65_HS1-834228961_62-HQ-83894_Section_8
Agency: FBI
Page 2
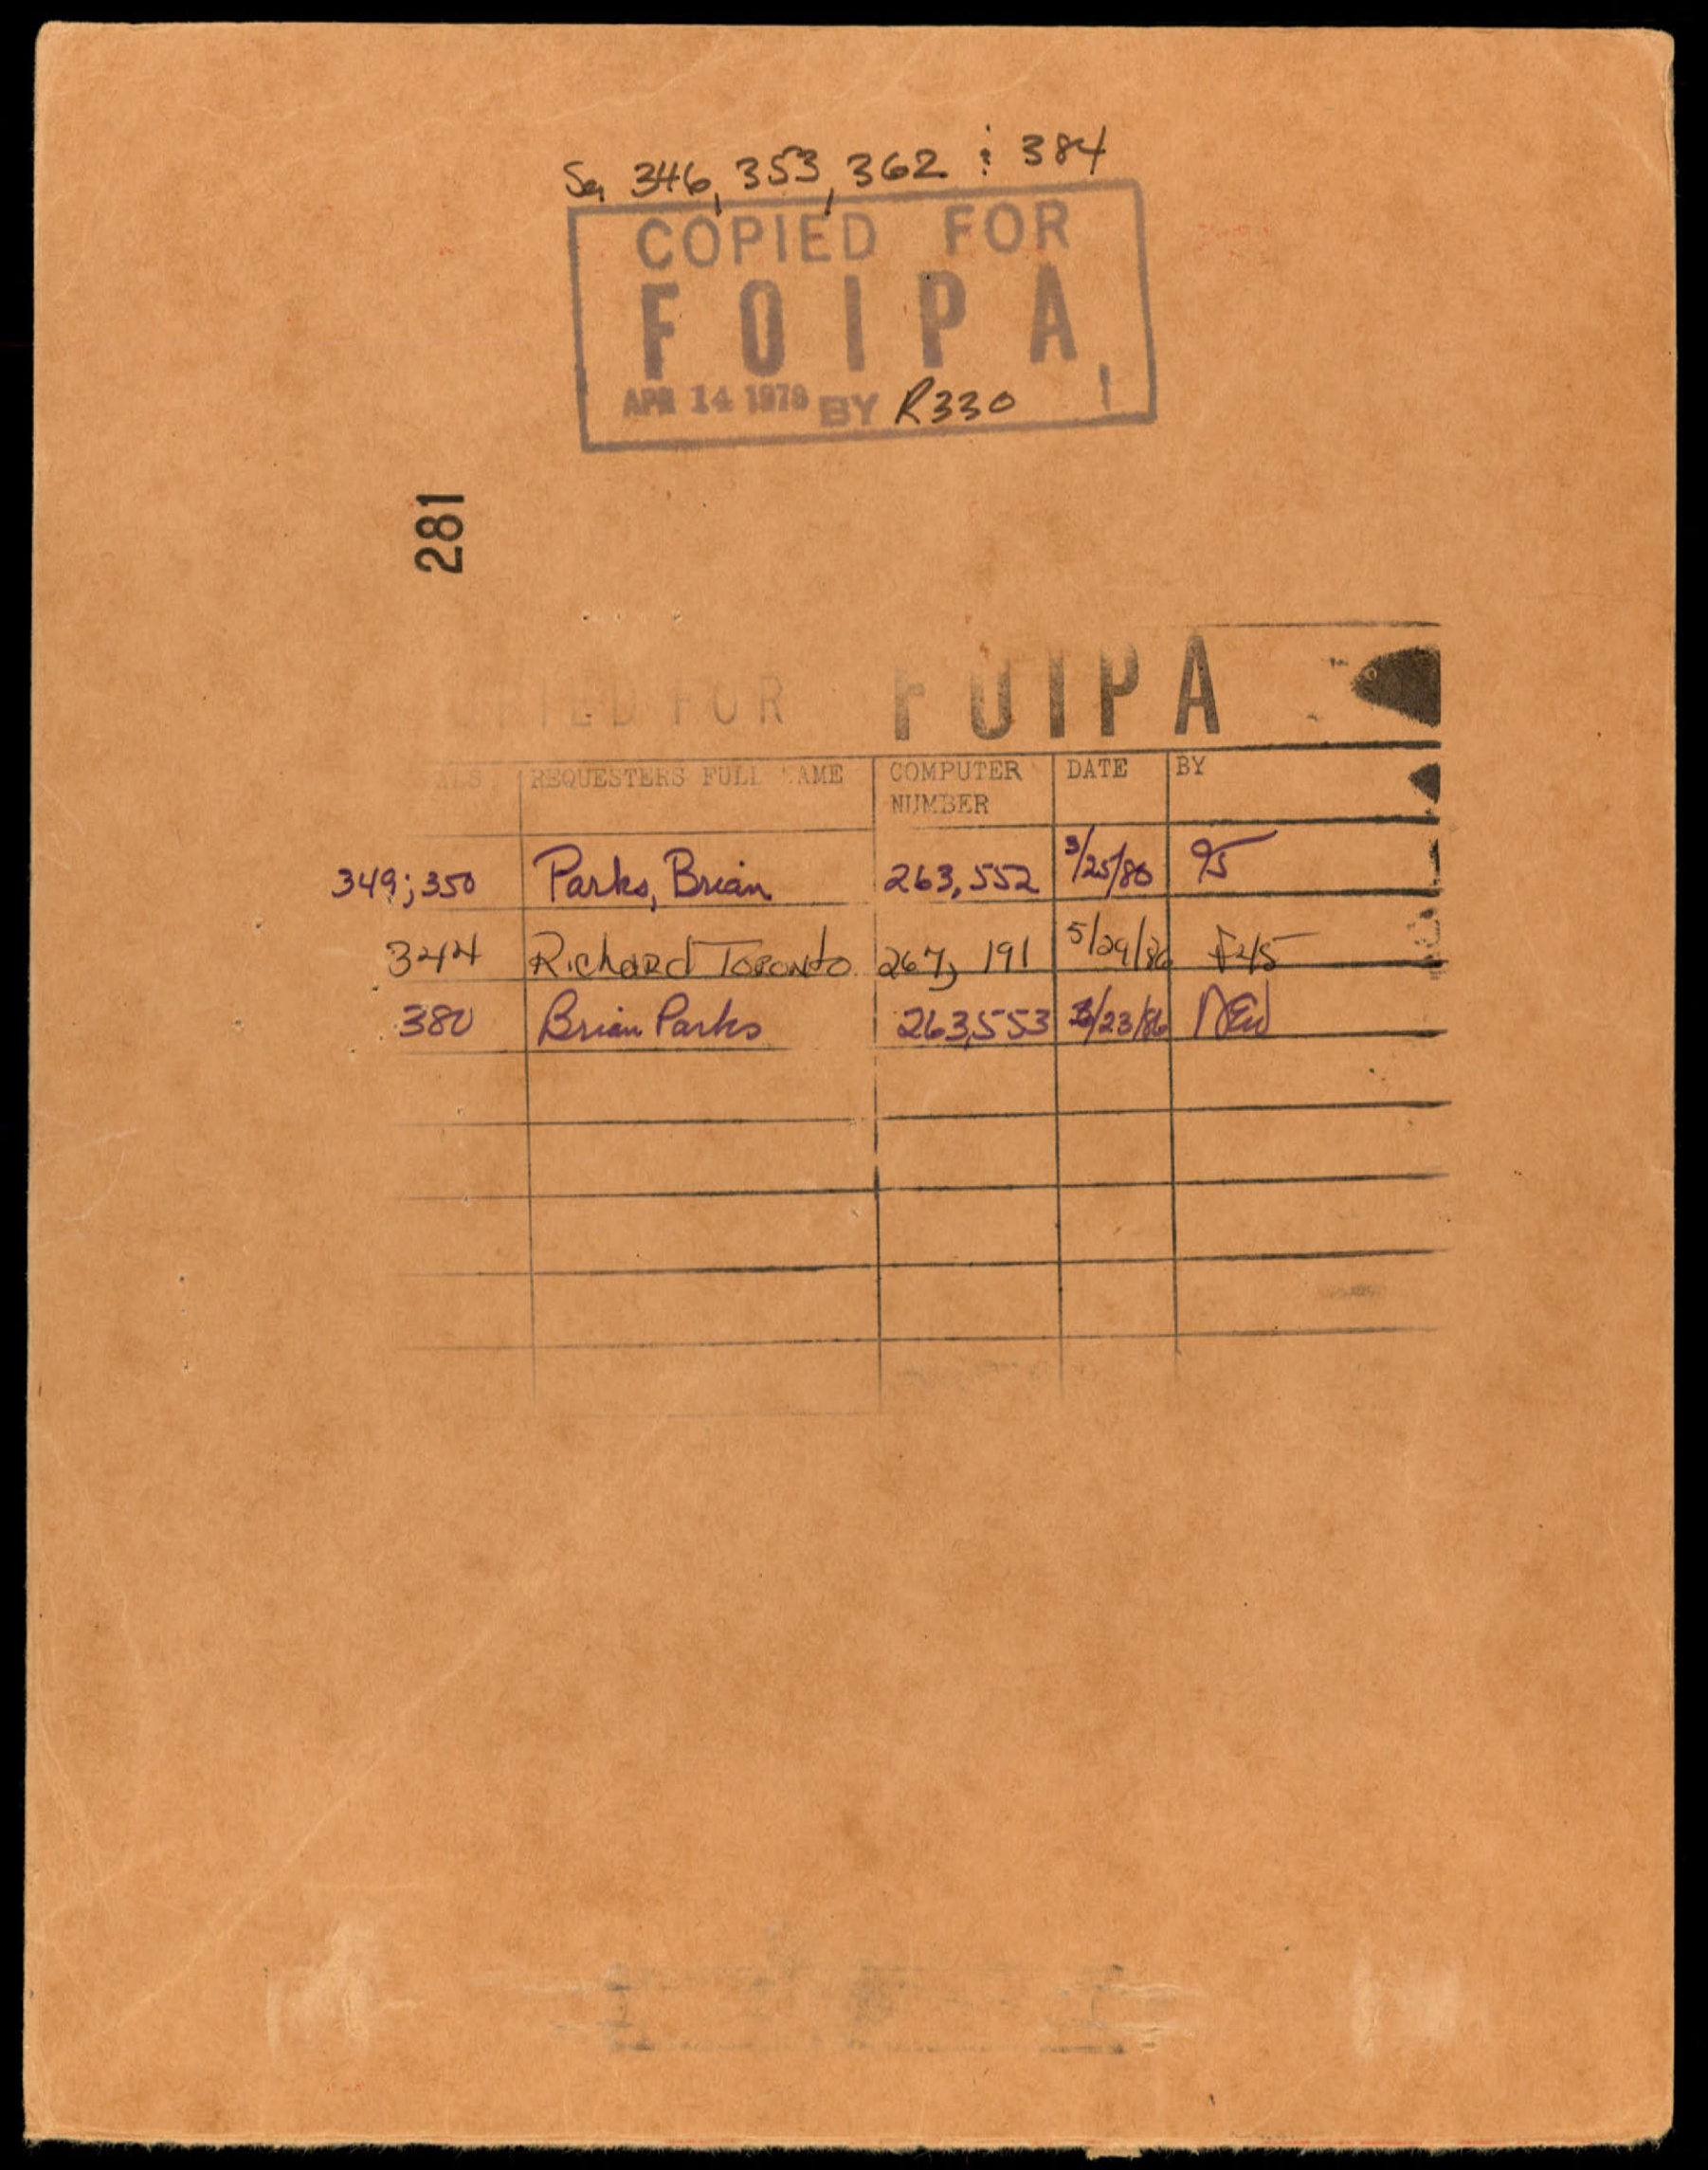